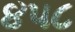
૪૫૮